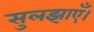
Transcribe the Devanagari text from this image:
सुलझाएँ।